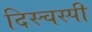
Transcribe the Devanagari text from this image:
दिस्चस्पी